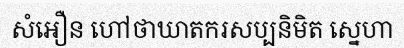
សំអឿន ហៅថាឃាតករសប្បនិមិត ស្នេហា